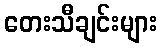
တေးသီချင်းများ